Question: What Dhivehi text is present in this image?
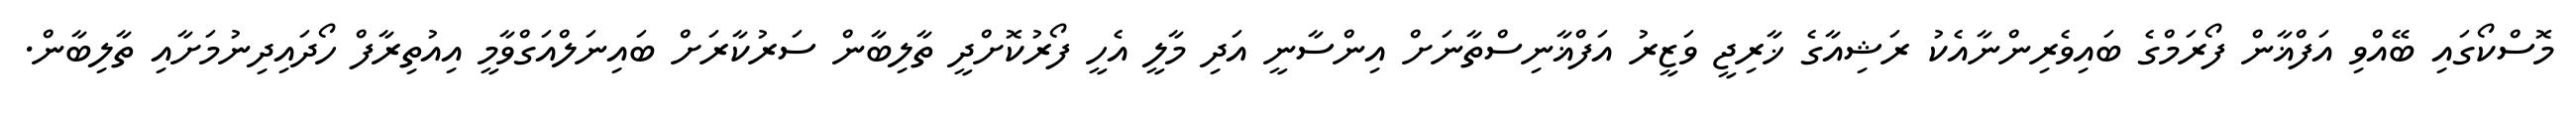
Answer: މޮސްކޯގައި ބޭއްވި އަފްޣާން ފޯރަމްގެ ބައިވެރިންނާއެކު ރަޝިއާގެ ޚާރިޖީ ވަޒީރު އަފްޣާނިސްތާނަށް އިންސާނީ އަދި މާލީ އެހީ ފޯރުކޮށްދީ ތާލިބާން ސަރުކާރަށް ބައިނަލްއަގްވާމީ އިއުތިރާފް ހޯދައިދިނުމަށާއި ތާލިބާން.